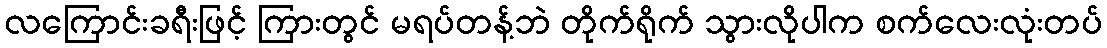
လကြောင်းခရီးဖြင့် ကြားတွင် မရပ်တန့်ဘဲ တိုက်ရိုက် သွားလိုပါက စက်လေးလုံးတပ်